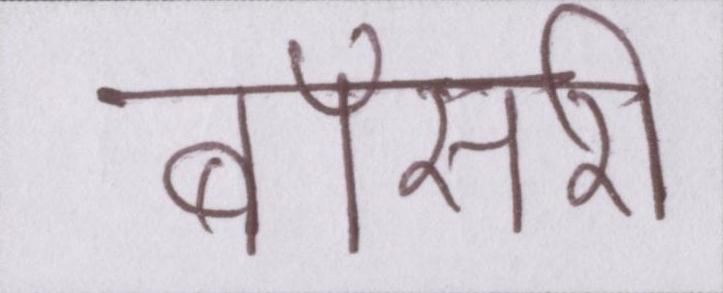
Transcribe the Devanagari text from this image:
बॉसरी